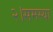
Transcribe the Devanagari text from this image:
२।समस्या